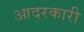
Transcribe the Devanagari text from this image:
आदरकारी